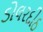
ડોલરદીઠ